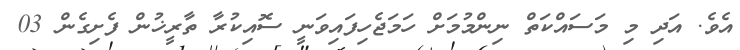
އެވެ. އަދި މި މަސައްކަތް ނިންމުމަށް ހަމަޖެހިފައިވަނީ ސޮއިކުރާ ތާރީޚުން ފެށިގެން 03